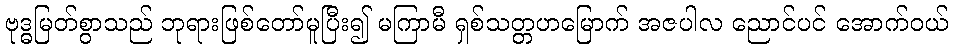
ဗုဒ္ဓမြတ်စွာသည် ဘုရားဖြစ်တော်မူပြီး၍ မကြာမီ ရှစ်သတ္တဟမြောက် အဇပါလ ညောင်ပင် အောက်ဝယ်